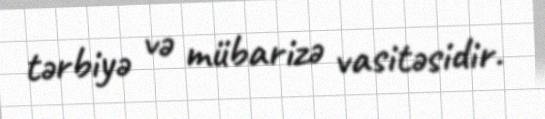
tərbiyə və mübarizə vasitəsidir.